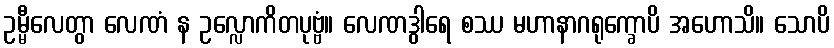
ဥမ္မီလေတွာ လေဏံ န ဥလ္လောကိတပုဗ္ဗံ။ လေဏဒွါရေ စဿ မဟာနာဂရုက္ခောပိ အဟောသိ။ သောပိ